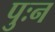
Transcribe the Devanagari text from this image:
पुःन